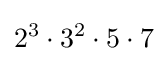
2^{3}\cdot 3^{2}\cdot 5\cdot 7